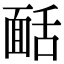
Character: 𩈙